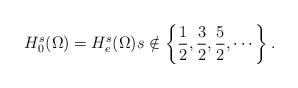
LaTeX: \begin{align*}H_{0}^{s}(\Omega) = H_{e}^{s}(\Omega) s\notin \left\{ \frac{1}{2},\frac{3}{2},\frac{5}{2},\cdots \right\}.\end{align*}